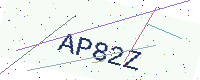
Text: AP82Z